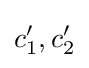
c'_{1},c'_{2}